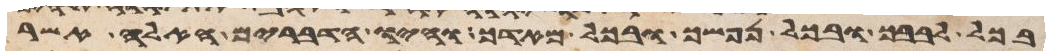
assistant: בכל לבבך ובכל נפשך ובכל מאדך והיו הדברים האלה אשר